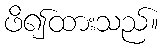
ဖိ၍ထားသည်။